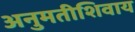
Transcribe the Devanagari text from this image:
अनुमतीशिवाय